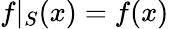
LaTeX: f|_{S}(x)=f(x)